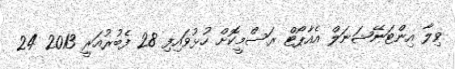
ވިލާ އިންޓަނޭޝަނަލް އެއާޕޯޓް ރަސްމީކޮށް ހުޅުވައިފި 28 ފެބުރުއަރީ 2013 24